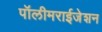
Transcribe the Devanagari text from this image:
पॉलीमराईजेशन